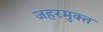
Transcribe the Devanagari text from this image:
जहरमुक्त